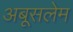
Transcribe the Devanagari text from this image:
अबूसलेम